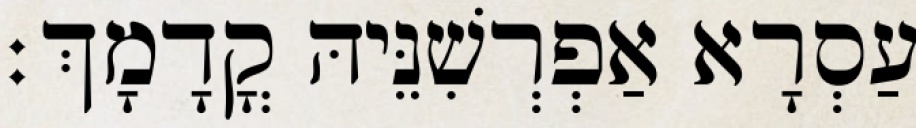
עַסְרָא אַפְרְשִׁנֵּיהּ קֳדָמָךְ׃